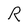
Character: R